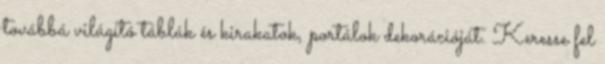
továbbá világító táblák és kirakatok, portálok dekorációját. Keresse fel